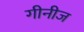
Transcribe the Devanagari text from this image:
गीनीज